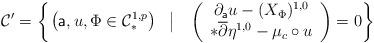
LaTeX: \begin{align*}\mathcal{C}' = \left\{\left.\left(\mathsf{a},u,\Phi \in \mathcal{C}^{1,p}_{\ast} \right)~~ \right\vert ~~ \left(\begin{array}{c}\partial_{\mathsf{a}}u - (X_{\Phi})^{1,0} \\ \ast\overline{\partial}\eta^{1,0} - \mu_{c}\circ u\end{array}\right) = 0 \right\}\end{align*}